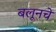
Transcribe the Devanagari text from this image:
बलूनचे